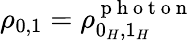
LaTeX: \rho_{0,1}=\rho_{0_{H},1_{H}}^{\mathrm{~p~h~o~t~o~n~}}